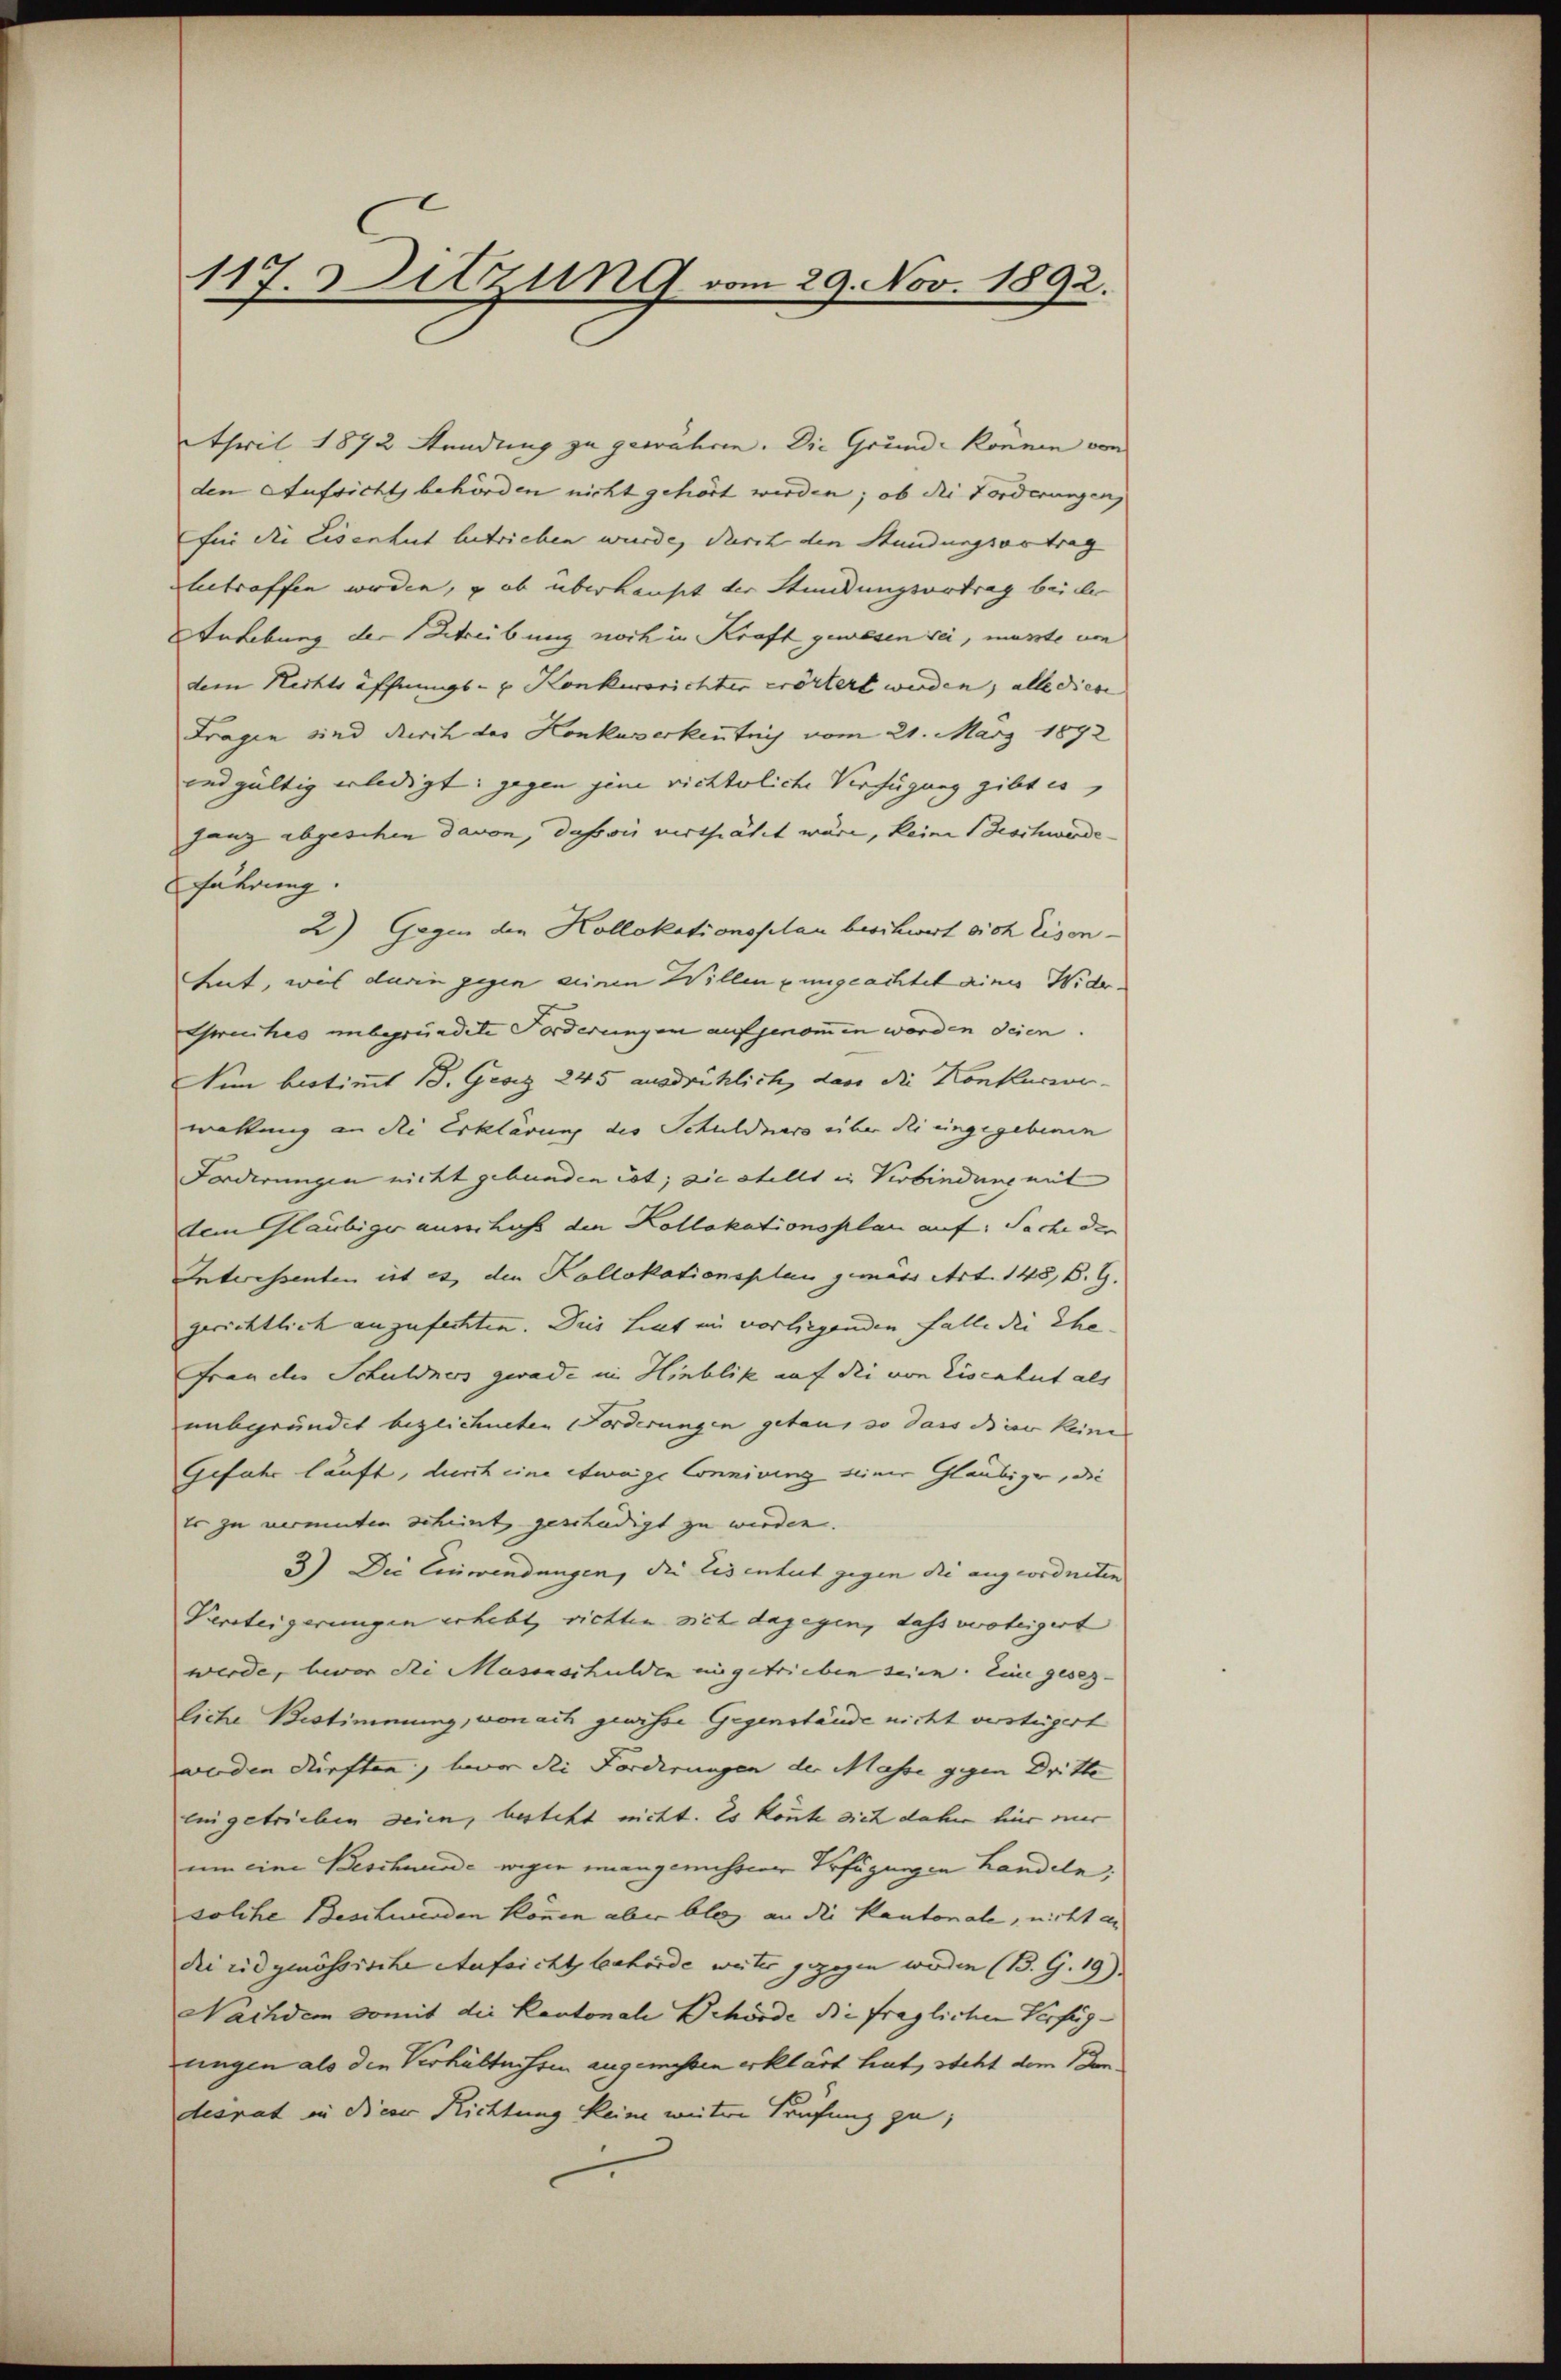
117. Ditzung vom 29. Nov. 1892.

April 1872 Stundung zu gewähren. Die Grunde können von
den Aufsichts behörden nicht gehört werden; ob die Forderungen,
für die Eisenhut betrieben wurde, durch den Stundungsortrag
betroffen werden, ob überhauset der Stundungsortrag bei der
Anhebung der Streibung noch in Kraft gewesen sei, musste um
dem Rechts öffnungs- & Konkursrichter erörtert werden, alle diese |
Fragen sind durch des Konkuberkenntnis vom 21. März 1892
und gültig erledigt: gegen jene richterliche Verfügung gibt es,
ganz abgeschen davon, daß wir verthätet wäre, keine Beschwerde
Fährung.
2) Gegen der Kollokationsplan beschwert sich Eisen¬
Aut, was darin gegen seinen Willen zungeachtet aines Wider
Gruches unbegründete Forderungen aufgenommen worden deien.
Nun bestimmt B. Georg 245 ausdrücklich, dass die Konkursve
waltung an die Erklärung des Schuldners über die eingegebenen
Forderungen nicht gebunden ist; sie stellt in Verbindung mit
dem Gläubiger ausschuß den Kollakationsplan auf: Sache der
Interessenten ist es, den Kollokationsplan gemäss Art. 148, B. G.
gerichtlich anzufechten. Dies hint im vorliegenden Falle die Ehe-
Frau der Schuldners gerade in Hinblik auf die von Eisenhut als
uabgründet bezeichneten Forderungen getan, so dass die keinen
Gefahr lauft, durch eine etwaige Connirung einer Gläubiger, die
Er zu vermuten scheint geschädigt zu werden.
3) Die Einwendungen, die Eisenheit gegen die angeordneten
Versteigerungen erhebt, richten sich dagegen, dass versteigert |
werde, bevor die Massaschulden eingetrieben seien. Eine gesetz-
liche Bestimmung, wonach gewisse Gegenstände nicht verstügert
werden dürften, für die Forderungen der Masse gegen Dritte
eingetrieben seien, besteht nicht. Es könnte sich daher hier vier
um eine Beschwunde wegen mangemessener Erfügungen handeln;
solche Beschwerden können aber blenz an die Kantonale, nicht an
di ridgenössische Aufsichtsbehörde weiter gezogen werden (B. G. 19).
Nachdem somit die Kantonale Behörde die fraglichen Verfüg-
ungen als die Verhältnissen angemessen erklärt hat, steht dem Dan
desrat in dieer Richtung keine weitere Prüfung zu,